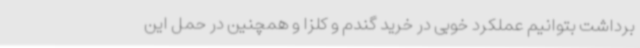
برداشت بتوانیم عملکرد خوبی در خرید گندم و کلزا و همچنین در حمل این